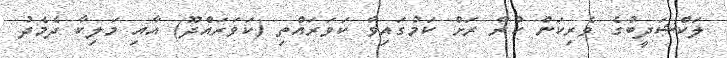
ލަކްޝަދީބުގެ ވެރިކަން ކުރާ ރަށް ކަމުގައިވާ ކަވަރައްތި (ކަވަރައްދޫ) އާއި މަލިކާ ދެމެދު